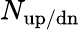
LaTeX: N_{\mathrm{{up/dn}}}